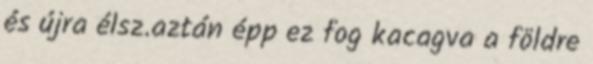
és újra élsz.aztán épp ez fog kacagva a földre